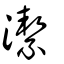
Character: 潔